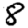
Digit: 8